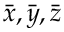
\Bar { x } , \Bar { y } , \Bar { z }